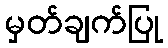
မှတ်ချက်ပြု